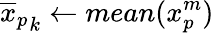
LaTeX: {\overline{{x}}_{p}}_{k}\gets mean(x_{p}^{m})